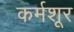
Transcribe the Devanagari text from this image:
कर्मशूर